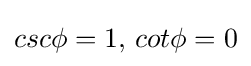
csc\phi =1,\,cot\phi =0